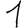
Digit: 1